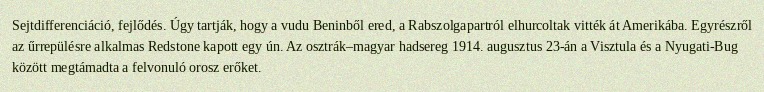
Sejtdifferenciáció, fejlődés. Úgy tartják, hogy a vudu Beninből ered, a Rabszolgapartról elhurcoltak vitték át Amerikába. Egyrészről az űrrepülésre alkalmas Redstone kapott egy ún. Az osztrák–magyar hadsereg 1914. augusztus 23-án a Visztula és a Nyugati-Bug között megtámadta a felvonuló orosz erőket.